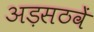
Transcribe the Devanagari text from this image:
अड़सठवें